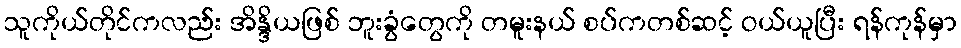
သူကိုယ်တိုင်ကလည်း အိန္ဒိယဖြစ် ဘူးခွံတွေကို တမူးနယ် စပ်ကတစ်ဆင့် ဝယ်ယူပြီး ရန်ကုန်မှာ